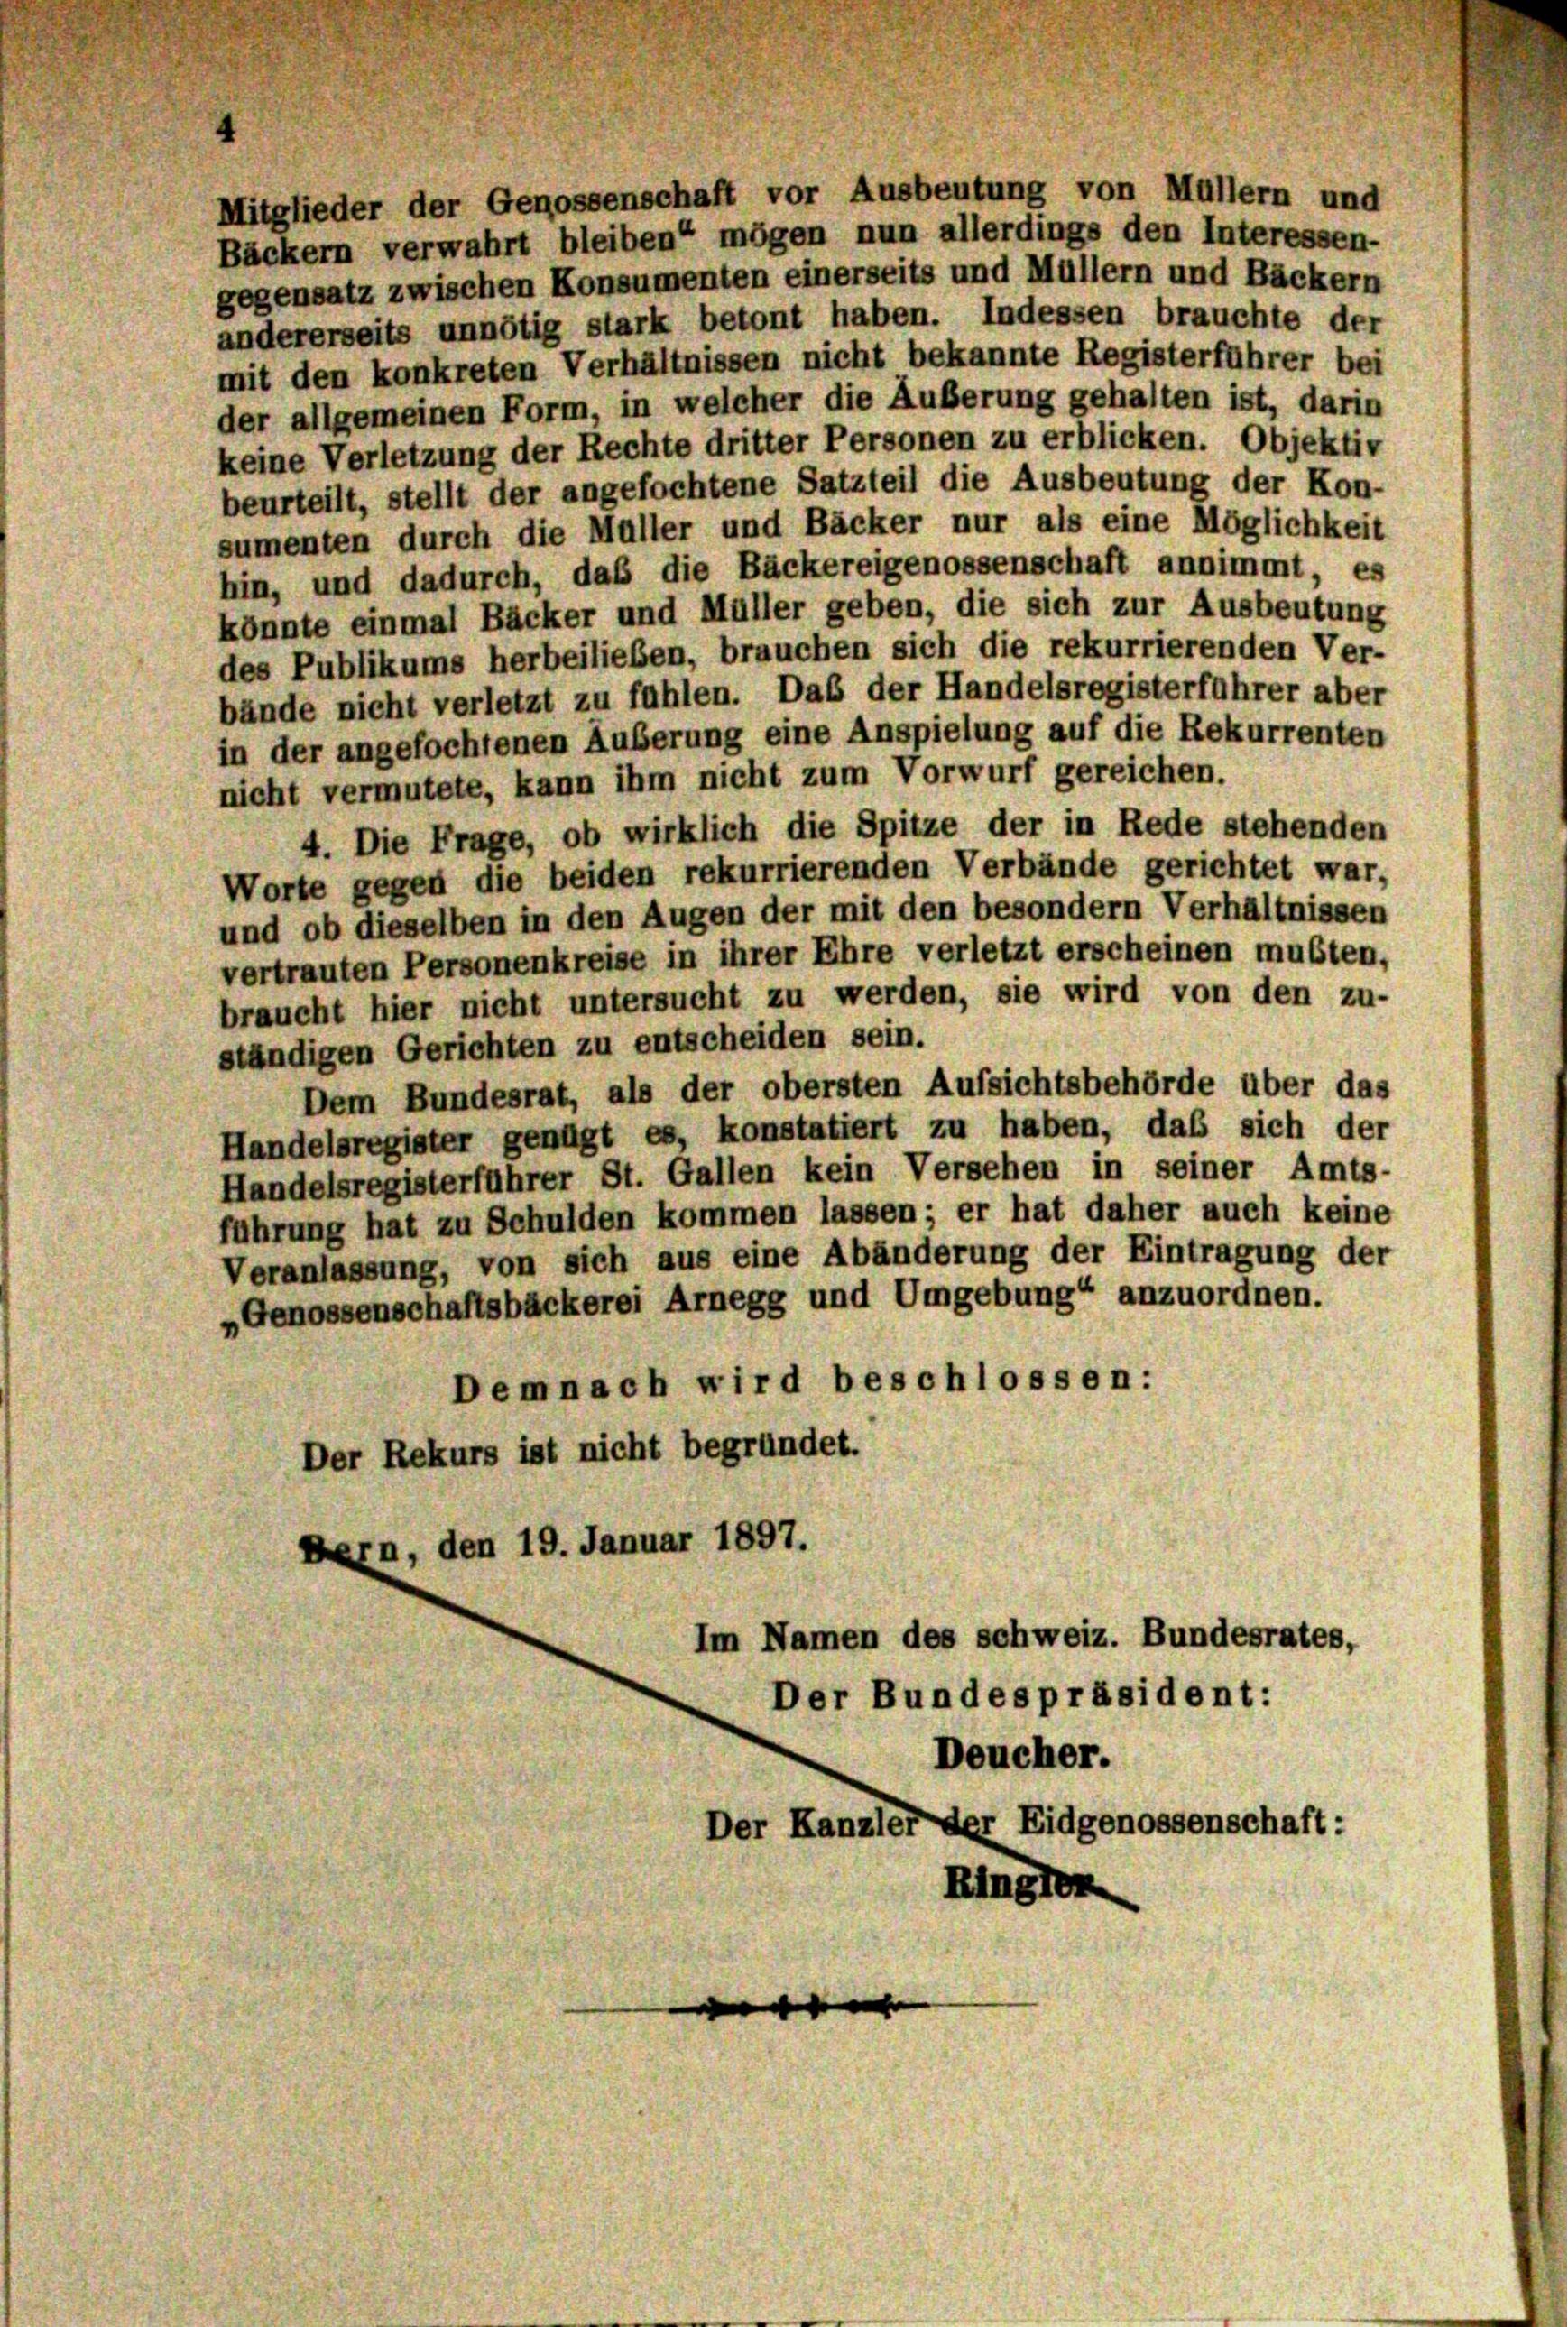
Mitglieder der Genossenschaft vor Ausbeutung von Müllern und
Bäckern verwahrt bleiben mögen nun allerdings den Interessen-
gegensatz zwischen Konsumenten einerseits und Müllern und Bäckern
andererseits unnötig stark betont haben. Indessen brauchte der
mit den konkreten Verhältnissen nicht bekannte Registerführer bei
der allgemeinen Form, in welcher die Äußerung gehalten ist, darin
keine Verletzung der Rechte dritter Personen zu erblicken. Objektiv
beurteilt, stellt der angefochtene Satzteil die Ausbeutung der Kon-
sumenten durch die Müller und Bäcker nur als eine Möglichkeit
hin, und dadurch, das die Bäckereigenossenschaft annimmt, es
könnte einmal Bäcker und Müller geben, die sich zur Ausbeutung
des Publikums herbeilieben, brauchen sich die rekurrierenden Ver-
bände nicht verletzt zu fühlen. Daß der Handelsregisterführer aber
in der angefochtenen Äußerung eine Anspielung auf die Rekurrenten
nicht vermutete, kann ihm nicht zum Vorwurf gereichen.
4. Die Frage, ob wirklich die Spitze der in Rede stehenden
Worte gegen die beiden rekurrierenden Verbände gerichtet war,
und ob dieselben in den Augen der mit den besondern Verhältnissen
vertrauten Personenkreise in ihrer Ehre verletzt erscheinen mußten,
braucht hier nicht untersucht zu werden, sie wird von den zu-
ständigen Gerichten zu entscheiden sein.
Dem Bundesrat, als der obersten Aufsichtsbehörde über das
Handelsregister genügt es, konstatiert zu haben, das sich der
Handelsregisterführer St. Gallen kein Versehen in seiner Amts-
führung hat zu Schulden kommen lassen; er hat daher auch keine
Veranlassung, von sich aus eine Abänderung der Eintragung der
„Genossenschaftsbäckerei Arnegg und Umgebung“ anzuordnen.
Demnach wird beschlossen:
Der Rekurs ist nicht begründet.
Bern, den 19. Januar 1897.
Im Namen des schweiz. Bundesrates,
Der Bundespräsident:
Deucher.
Der Kanzler der Eidgenossenschaft:

Ringlen